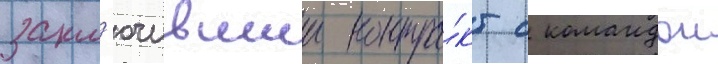
закл'ючившии контра́кт с командои